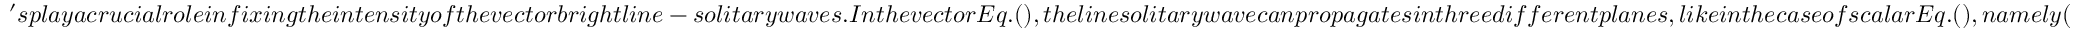
' s p l a y a c r u c i a l r o l e i n f i x i n g t h e i n t e n s i t y o f t h e v e c t o r b r i g h t l i n e - s o l i t a r y w a v e s . I n t h e v e c t o r E q . ( ) , t h e l i n e s o l i t a r y w a v e c a n p r o p a g a t e s i n t h r e e d i f f e r e n t p l a n e s , l i k e i n t h e c a s e o f s c a l a r E q . ( ) , n a m e l y (